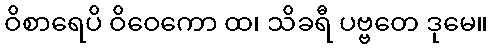
ဝိစာရေပိ ဝိဝေကော ထ၊ သိခရီ ပဗ္ဗတေ ဒုမေ။